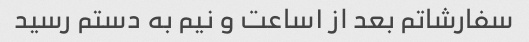
سفارشاتم بعد از ۱ساعت و نیم به دستم رسید